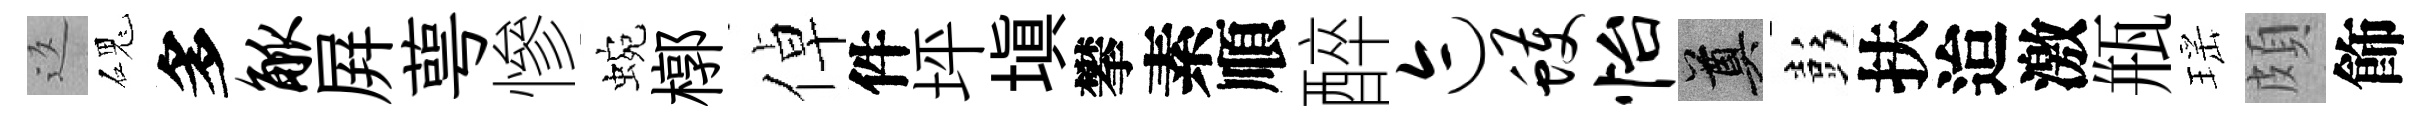
返磈多觚屛萼慘蜿槨倬件坪塡攀素順醉迹蠖怡奠彭扶迨激瓶瑶頗飾